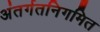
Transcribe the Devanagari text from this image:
अंतर्गतनिगमित